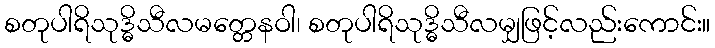
စတုပါရိသုဒ္ဓိသီလမတ္တေနဝါ၊ စတုပါရိသုဒ္ဓိသီလမျှဖြင့်လည်းကောင်း။